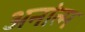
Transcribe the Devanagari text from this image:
अनांत्म